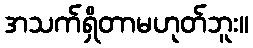
အသက်ရှိတာမဟုတ်ဘူး။